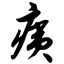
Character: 痍